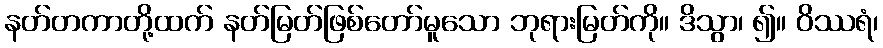
နတ်တကာတို့ထက် နတ်မြတ်ဖြစ်တော်မူသော ဘုရားမြတ်ကို။ ဒိသွာ၊ ၍။ ဝိဿရံ၊